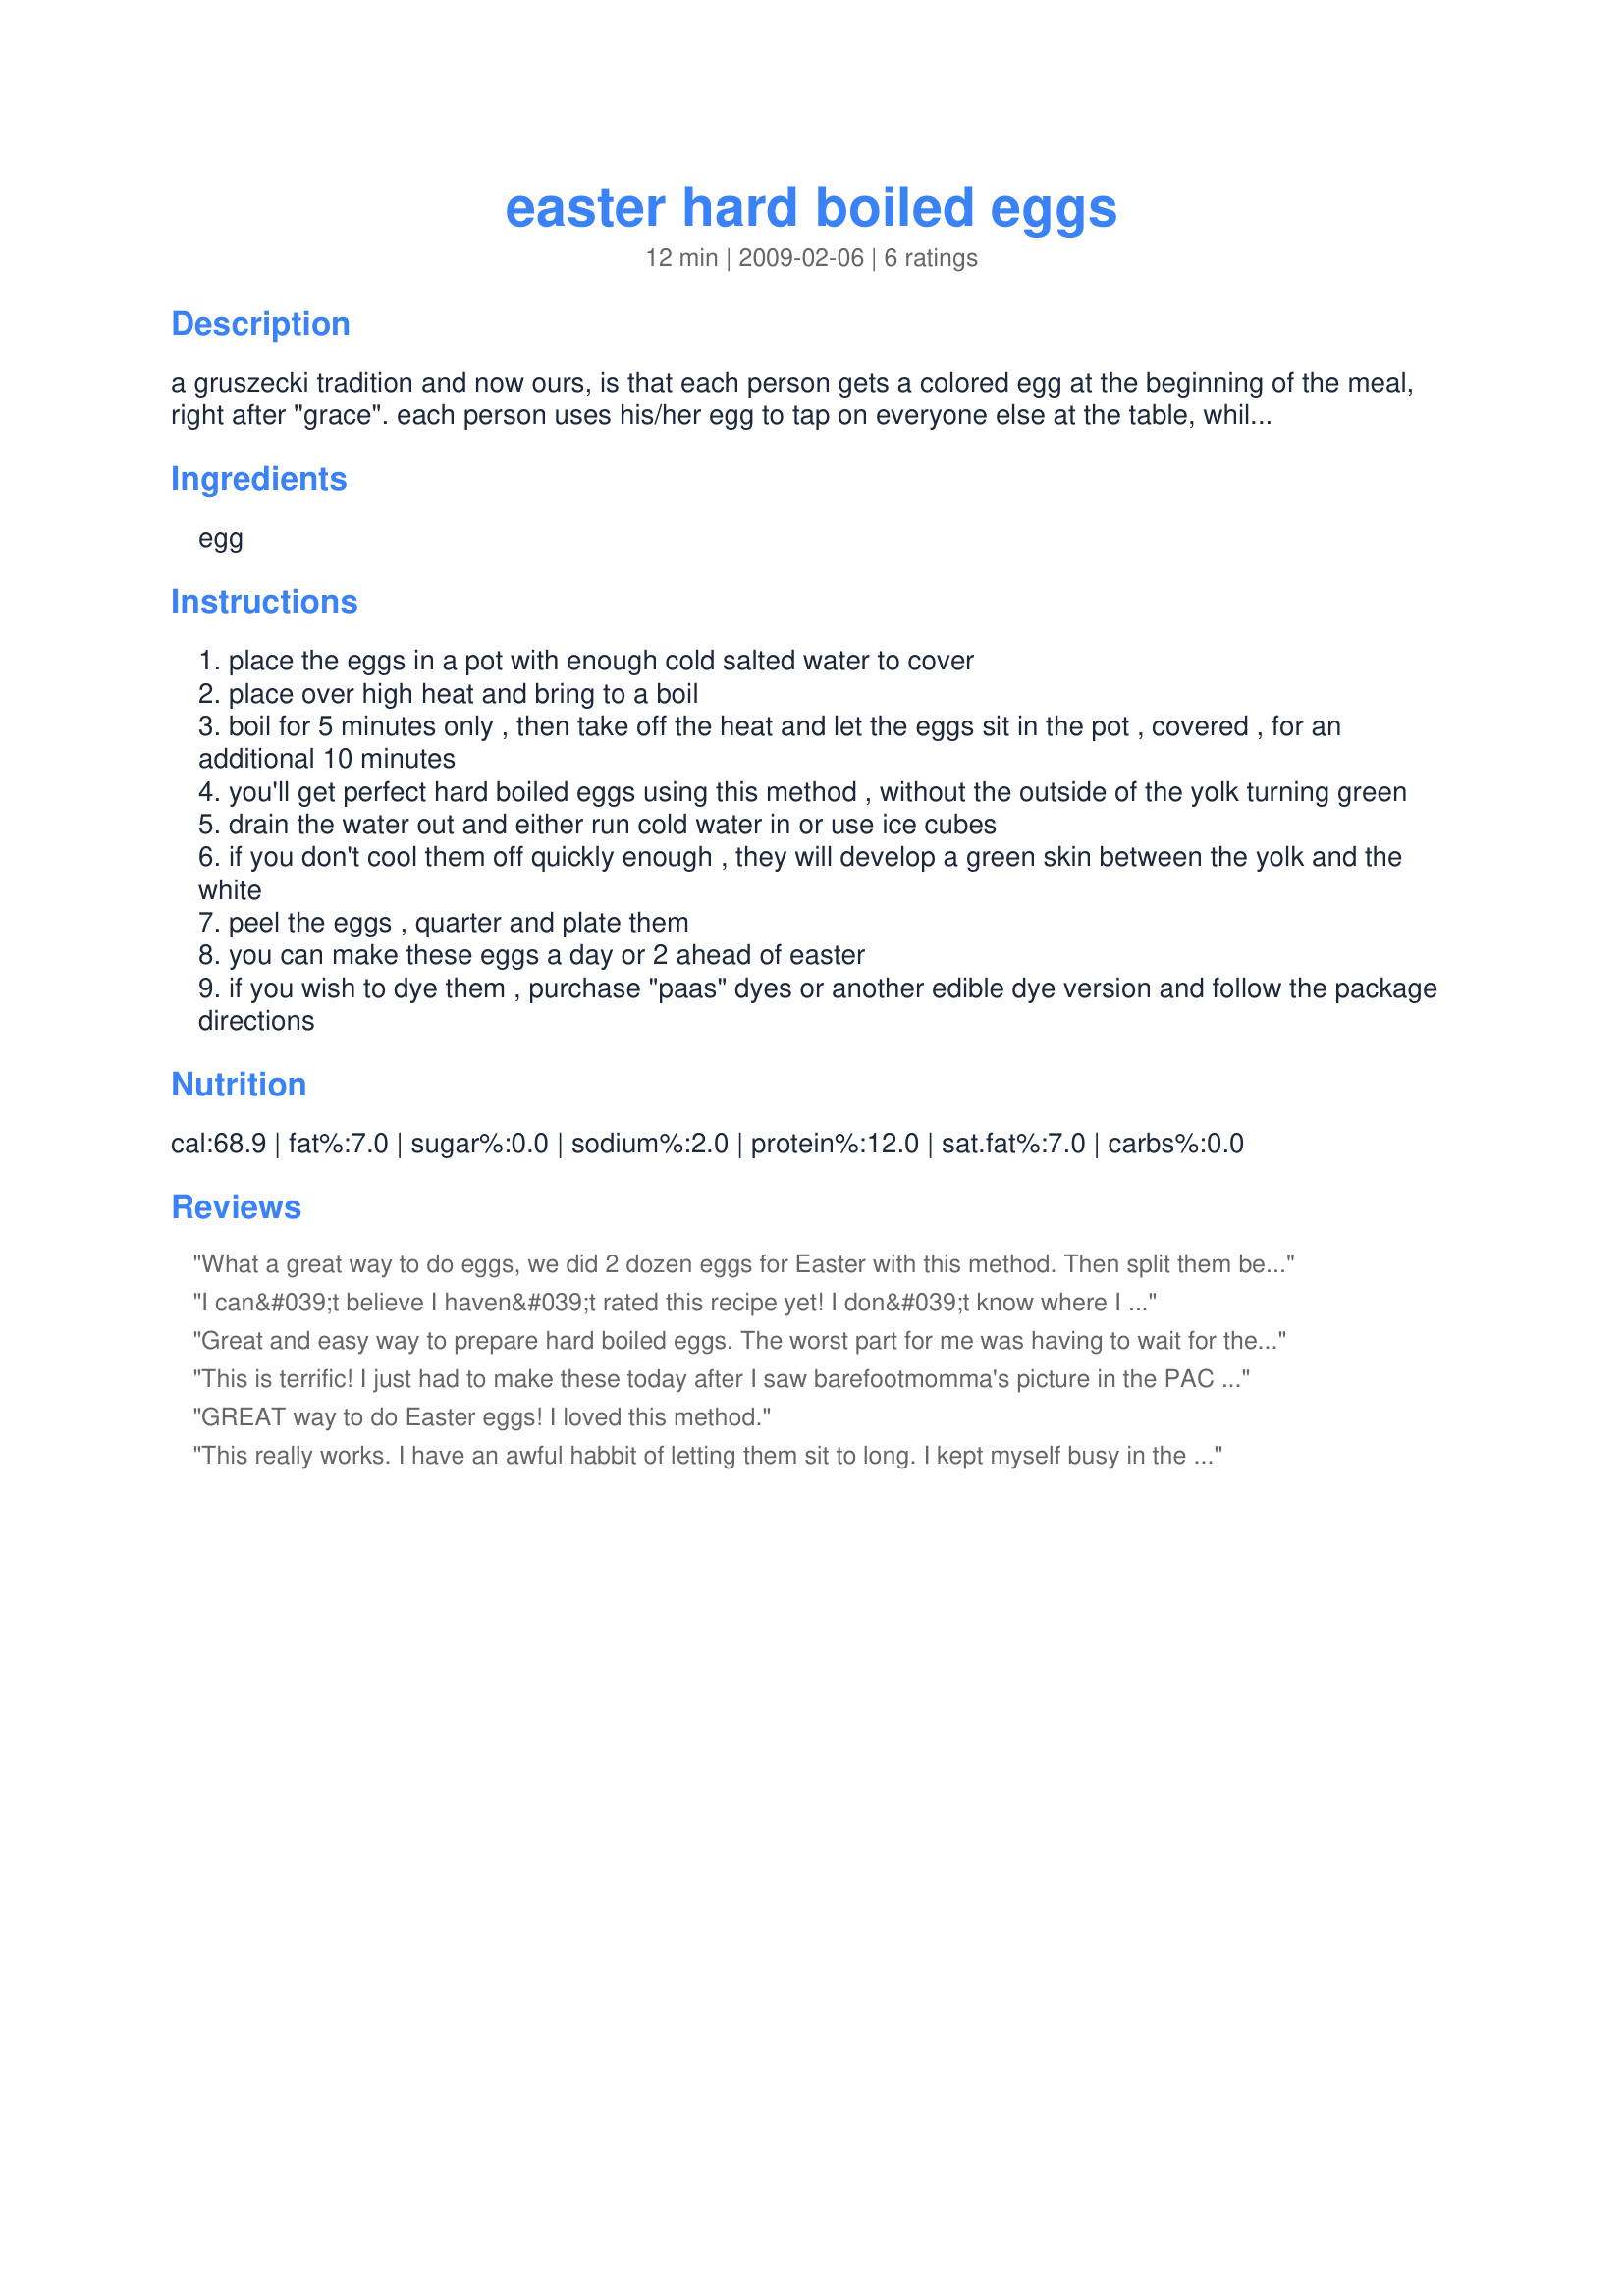
easter hard boiled eggs
Preparation time: 12 minutes

a gruszecki tradition and now ours, is that each person gets a colored egg at the beginning of the meal, right after "grace". each person uses his/her egg to tap on everyone else at the table, while wishing them a happy easter. part of the trick is to be the last one with an egg not crushed. after you smack eggs with everyone at the table, the egg gets peeled and eaten.

the following are a few hints that will help you cook the best hardboiled eggs:

the fresher the egg, the harder it will be to peal it. you should purchase your eggs 2 weeks before you'll be cooking them in order to get them to peal easy.

and, the way to get the yolk to be in the center of the egg after it's boiled, is to store them on their side. this relieves the pressure on the membrane within the egg that holds it suspended.

the green coloring on the outside of the yolk is caused by cooking them too long. cooking by the directions below will eliminate that.

for additional pictures, please visit:
http://www.capnrons.com/r_s_easter_hardboiled_eggs.html?id=rz

Ingredients:
egg

Steps:
place the eggs in a pot with enough cold salted water to cover
place over high heat and bring to a boil
boil for 5 minutes only , then take off the heat and let the eggs sit in the pot , covered , for an additional 10 minutes
you'll get perfect hard boiled eggs using this method , without the outside of the yolk turning green
drain the water out and either run cold water in or use ice cubes
if you don't cool them off quickly enough , they will develop a green skin between the yolk and the white
peel the eggs , quarter and plate them
you can make these eggs a day or 2 ahead of easter
if you wish to dye them , purchase "paas" dyes or another edible dye version and follow the package directions

Reviews:
What a great way to do eggs, we did 2 dozen eggs for Easter with this method. Then split them between deviled eggs and dyed and they turned out perfect with no green and nicely centered yolks. What an awesome way to boil eggs. Thanks for posting.
I can&#039;t believe I haven&#039;t rated this recipe yet! I don&#039;t know where I got this note, but it makes this recipe a winner:&lt;br/&gt;&lt;br/&gt;&quot;When the eggs are cold -- this will take just a couple of minutes -- tap them gently on the counter to crack their shell all around, and return to the bowl a few more minutes: the water will infiltrate the eggs beneath the shell and make them easier to peel. (Also, when peeling the eggs, notice that there is a thin skin between the white and the shell; once found and ruptured, that skin provides good leverage to peel off the shell.).&quot;&lt;br/&gt;&lt;br/&gt;Yum!
Great and easy way to prepare hard boiled eggs. The worst part for me was having to wait for the water to boil. Thanks Cap' N Ron.
This is terrific! I just had to make these today after I saw barefootmomma's picture in the PAC event thread. I've tried various methods but this one works the best and is so simple to time too. Beautiful eggs without the green edges around the yolks! Thanks for posting a keeper of a method for hard boiled eggs!
GREAT way to do Easter eggs! I loved this method.
This really works. I have an awful habbit of letting them sit to long. I kept myself busy in the kitchen while making them and used my timer and it came out perfect. Thanks for such pretty eggs. Made for PAC Spring 2009
